Senior Leaving Certificate Examination (including Day School Certificate (Higher) General paper), 1950
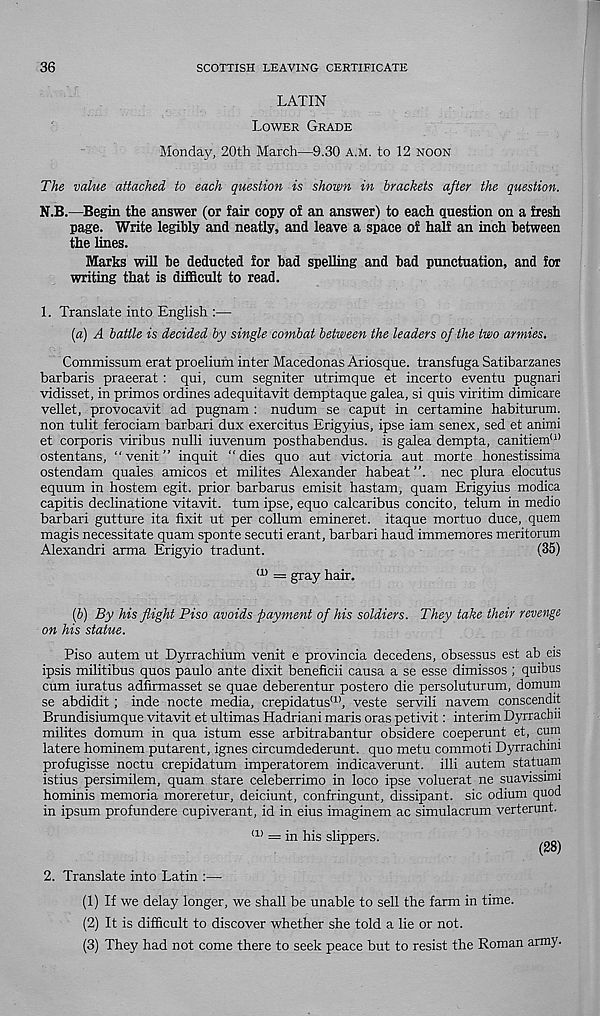
36
SCOTTISH LEAVING CERTIFICATE
LATIN
Lower Grade
Monday, 20th March—9.30 a.m. to 12 noon
The value attached to each question is shown in brackets after the question.
N.B.—Begin the answer (or fair copy of an answer) to each question on a fresh
page. Write legibly and neatly, and leave a space of half an inch between
the lines.
Marks will be deducted for bad spelling and bad punctuation, and for
writing that is difficult to read.
1. Translate into English :—
[а) A battle is decided by single combat between the leaders of the two armies.
Commissum erat proelium inter Macedonas Ariosque. transfuga Satibarzanes
barbaris praeerat : qui, cum segniter utrimque et incerto eventu pugnari
vidisset, in primes ordines adequitavit demptaque galea, si quis viritim dimicare
vellet, provocavit ad pugnam : nudum se caput in certamine habiturum.
non tulit ferociam barbari dux exercitus Erigyius, ipse iam senex, sed et animi
et corporis viribus nulli iuvenum posthabendus. is galea dempta, canitiem' 1 ’
ostentans, “venit” inquit “dies quo aut victoria aut morte honestissima
ostendam quales amicos et milites Alexander habeat
nec plura elocutus
equum in hostem egit. prior barbarus emisit hastam, quam Erigyius modica
capitis declinatione vitavit. turn ipse, equo calcaribus concito, telum in medio
barbari gutture ita fixit ut per collum emineret. itaque mortuo duce, quern
magis necessitate quam sponte secuti erant, barbari baud immemores meritorum
Alexandri arma Erigyio tradunt.
(35)
a) = gray hair.
(б) By his flight Piso avoids payment of his soldiers. They take their revenge
on his statue.
Piso autem ut Dyrrachium venit e provincia decedens, obsessus est ab eis
ipsis militibus quos paulo ante dixit beneficii causa a se esse dimissos ; quibus
cum iuratus adfirmasset se quae deberentur postero die persoluturum, domum
se abdidit ; inde nocte media, crepidatus (1) , veste servili navem conscendit
Brundisiumque vitavit et ultimas Hadriani maris oras petivit: interim Dyrracbn
milites domum in qua istum esse arbitrabantur obsidere coeperunt et, cum
latere hominem putarent, ignes circumdederunt. quo metu commoti Dyrrachmi
profugisse noctu crepidatum imperatorem indicaverunt. illi autem statuam
istius persimilem, quam stare celeberrimo in loco ipse voluerat ne suavissimi
hominis memoria moreretur, deiciunt, confringunt, dissipant. sic odium quod
in ipsum profundere cupiverant, id in eius imaginem ac simulacrum verterunt.
(1> = in his slippers.
(28)
2. Translate into Latin :—
(1) If we delay longer, we shall be unable to sell the farm in time.
(2) It is difficult to discover whether she told a lie or not.
(3) They had not come there to seek peace but to resist the Roman army.